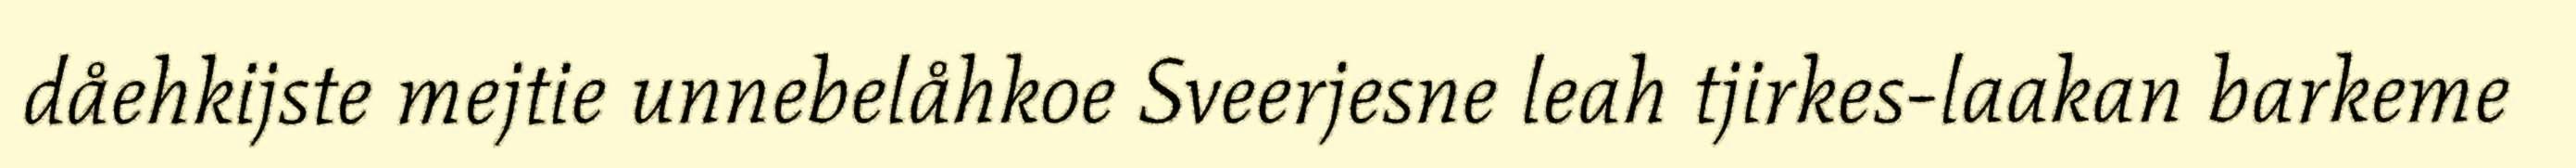
dåehkijste mejtie unnebelåhkoe Sveerjesne leah tjirkes-laakan barkeme